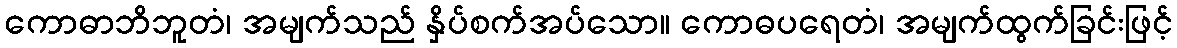
ကောဓာဘိဘူတံ၊ အမျက်သည် နှိပ်စက်အပ်သော။ ကောဓပရေတံ၊ အမျက်ထွက်ခြင်းဖြင့်